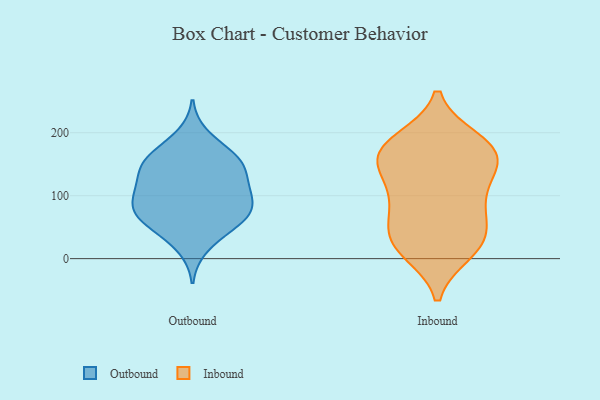
{"axis": {"x": "Page Views", "y": "Value"}, "legend": ["Inbound", "Outbound"], "data": [{"x": "", "y": 169, "type": "Outbound"}, {"x": "", "y": 44, "type": "Outbound"}, {"x": "", "y": 153, "type": "Outbound"}, {"x": "", "y": 196, "type": "Outbound"}, {"x": "", "y": 17, "type": "Outbound"}, {"x": "", "y": 61, "type": "Outbound"}, {"x": "", "y": 157, "type": "Outbound"}, {"x": "", "y": 124, "type": "Outbound"}, {"x": "", "y": 160, "type": "Outbound"}, {"x": "", "y": 83, "type": "Outbound"}, {"x": "", "y": 56, "type": "Outbound"}, {"x": "", "y": 137, "type": "Outbound"}, {"x": "", "y": 78, "type": "Outbound"}, {"x": "", "y": 89, "type": "Outbound"}, {"x": "", "y": 104, "type": "Outbound"}, {"x": "", "y": 110, "type": "Outbound"}, {"x": "", "y": 111, "type": "Outbound"}, {"x": "", "y": 62, "type": "Outbound"}, {"x": "", "y": 147, "type": "Outbound"}, {"x": "", "y": 78, "type": "Outbound"}, {"x": "", "y": 16, "type": "Inbound"}, {"x": "", "y": 188, "type": "Inbound"}, {"x": "", "y": 11, "type": "Inbound"}, {"x": "", "y": 23, "type": "Inbound"}, {"x": "", "y": 39, "type": "Inbound"}, {"x": "", "y": 166, "type": "Inbound"}, {"x": "", "y": 161, "type": "Inbound"}, {"x": "", "y": 34, "type": "Inbound"}, {"x": "", "y": 143, "type": "Inbound"}, {"x": "", "y": 141, "type": "Inbound"}, {"x": "", "y": 78, "type": "Inbound"}, {"x": "", "y": 178, "type": "Inbound"}, {"x": "", "y": 68, "type": "Inbound"}, {"x": "", "y": 185, "type": "Inbound"}, {"x": "", "y": 102, "type": "Inbound"}, {"x": "", "y": 100, "type": "Inbound"}, {"x": "", "y": 160, "type": "Inbound"}]}